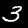
Digit: 3